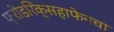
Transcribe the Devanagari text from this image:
फ्रीडरिक्सहाफेनचा